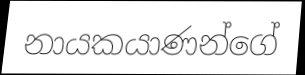
නායකයාණන්ගේ